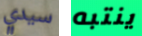
سيدي ينتبه